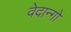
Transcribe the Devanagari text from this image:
वेदान्गों